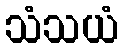
သံသယံ